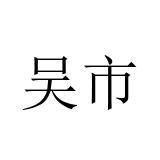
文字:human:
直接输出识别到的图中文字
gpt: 吴市